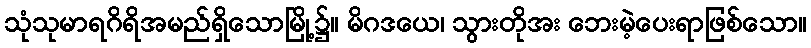
သုံသုမာရဂိရိအမည်ရှိသောမြို့၌။ မိဂဒယေ၊ သွားတိုအး ဘေးမဲ့ပေးရာဖြစ်သော။